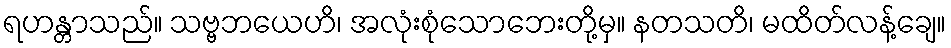
ရဟန္တာသည်။ သဗ္ဗဘယေဟိ၊ အလုံးစုံသောဘေးတို့မှ။ နတသတိ၊ မထိတ်လန့်ချေ။